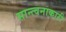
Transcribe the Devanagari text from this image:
सान्त्वनाकारी